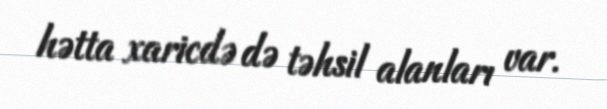
hətta xaricdə də təhsil alanları var.